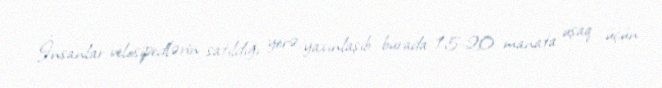
İnsanlar velosipedlərin satıldığı yerə yaxınlaşıb burada 15-20 manata uşaq üçün